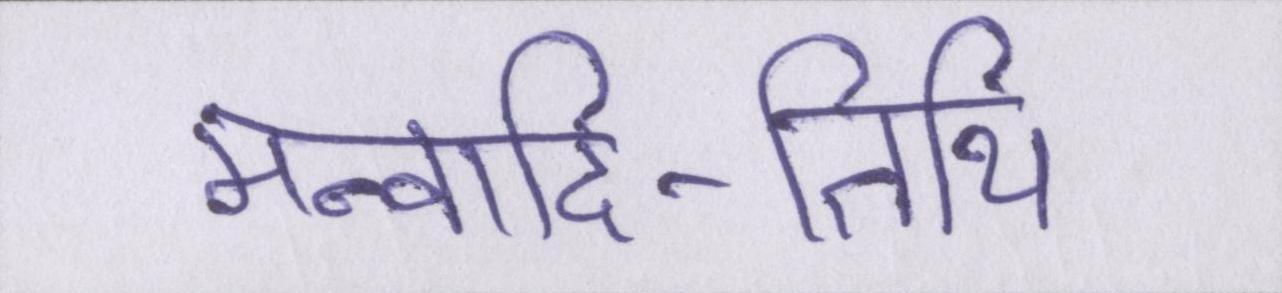
मन्वादि-तिथि